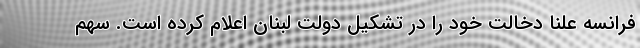
فرانسه علناً دخالت خود را در تشکیل دولت لبنان اعلام کرده است. سهم